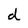
Character: d